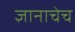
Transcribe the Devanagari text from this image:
ज्ञानाचेच